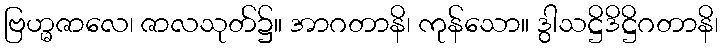
ဗြဟ္မဇာလေ၊ ဇာလသုတ်၌။ အာဂတာနိ၊ ကုန်သော။ ဒွါသဋ္ဌိဒိဋ္ဌိဂတာနိ၊